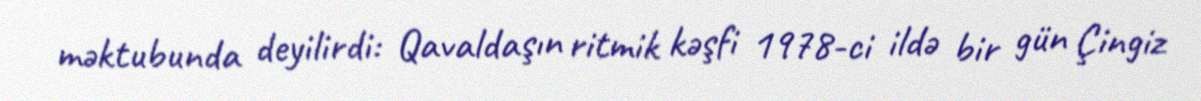
məktubunda deyilirdi: Qavaldaşın ritmik kəşfi 1978-ci ildə bir gün Çingiz